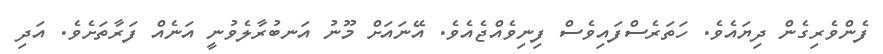
ފެންވެރިގެން ދިޔައެވެ. ހަތަރެސްފައިވެސް ފިނިވެއްޖެއެވެ. އޭނައަށް މޫނު އަނބުރާލެވުނީ އަނެއް ފަރާތަށެވެ. އަދި